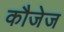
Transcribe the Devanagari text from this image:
कौजेज